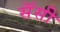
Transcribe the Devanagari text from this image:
सॅसी